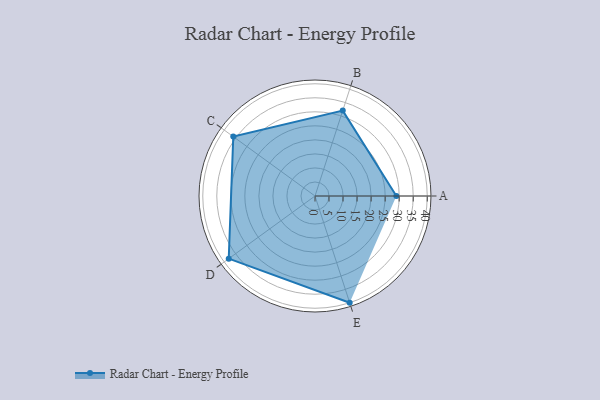
{"axis": {"x": "Skill", "y": "Score"}, "legend": ["Profile"], "data": [{"x": "A", "y": 29.0, "type": "Profile"}, {"x": "B", "y": 32.0, "type": "Profile"}, {"x": "C", "y": 36.0, "type": "Profile"}, {"x": "D", "y": 38.0, "type": "Profile"}, {"x": "E", "y": 40.0, "type": "Profile"}]}